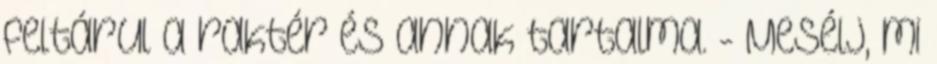
feltárul a raktér és annak tartalma. - Mesélj, mi